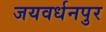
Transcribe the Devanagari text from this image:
जयवर्धनपुर